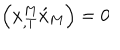
\left( x _ { , T } ^ { M } \acute { x } _ { M } \right) = 0